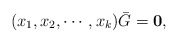
\begin{align*}(x_1,x_2,\cdots,x_k)\bar{G}={\bf 0},\end{align*}